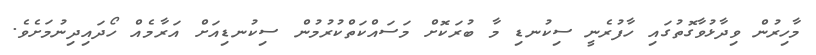
މާހިރުން ވިދާޅުވާގޮތުގައި ހާފުރެނީ ސިކުނޑި މާ ބުރަކޮށް މަސައްކަތްކުރުމުން ސިކުނޑިއަށް އަރާމެއް ހޯދައިދިނުމަށެވެ.